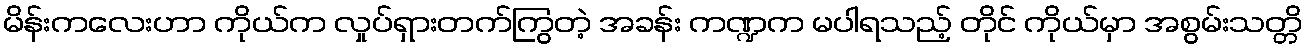
မိန်းကလေးဟာ ကိုယ်က လှုပ်ရှားတက်ကြွတဲ့ အခန်း ကဏ္ဍက မပါရသည့် တိုင် ကိုယ်မှာ အစွမ်းသတ္တိ